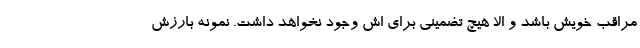
مراقب خویش باشد و الا هیچ تضمینی برای اش وجود نخواهد داشت. نمونه بارزش